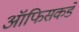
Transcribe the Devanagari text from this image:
ऑफिसकडे